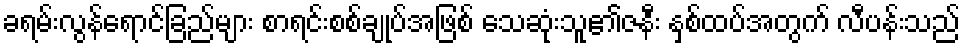
ခရမ်းလွန်ရောင်ခြည်များ စာရင်းစစ်ချုပ်အဖြစ် သေဆုံးသူ၏ဇနီး နှစ်ထပ်အတွက် လီပန်းသည်